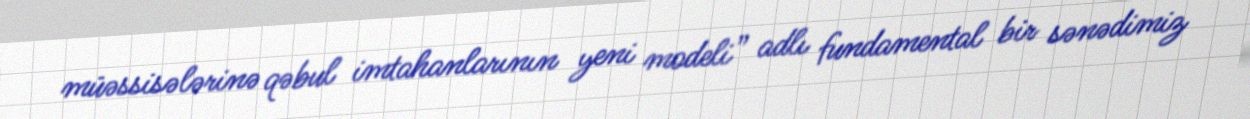
müəssisələrinə qəbul imtahanlarının yeni modeli” adlı fundamental bir sənədimiz